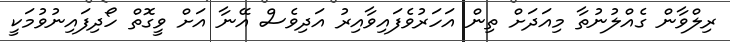
ރިލްވާން ގެއްލުނުތާ މިއަދަށް ތިން އަހަރުވެފައިވާއިރު އަދިވެސް އޭނާ އަށް ވީގޮތް ހޯދިފައިނުވުމަކީ